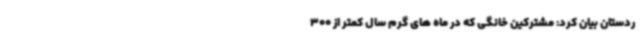
ردستان بیان کرد: مشترکین خانگی که در ماه های گرم سال کمتر از 300